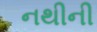
નથીની